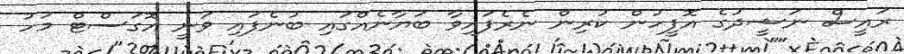
ރައީސް ނަޝީދުގެ އޮފީހުން ކުރިން ނެރެފައިވާ ބަޔާނެއްގައި ބުނެފައި ވަނީ އޮގަސްޓް މަހު